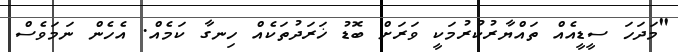
"މަދަހަ ސީޑީއެއް ތައްޔާރުކުރުމަކީ ވަރަށް ބޮޑު ޚަރަދުތަކެއް ހިނގާ ކަމެއް. އެހެން ނަމަވެސް